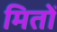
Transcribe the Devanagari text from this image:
मितों